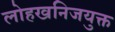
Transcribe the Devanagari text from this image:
लोहखनिजयुक्त